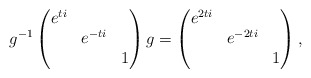
\begin{align*}g^{-1} \begin{pmatrix}e^{ti} &&\\&e^{-ti}&\\&&1\end{pmatrix} g = \begin{pmatrix}e^{2ti} &&\\&e^{-2ti}&\\&&1\end{pmatrix},\end{align*}